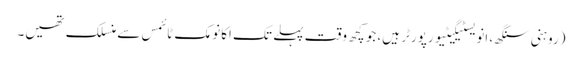
(روہنی سنگھ، انویسٹیگیٹیو رپورٹر ہیں، جو کچھ وقت پہلے تک اکانومک ٹائمس سے منسلک تھیں۔